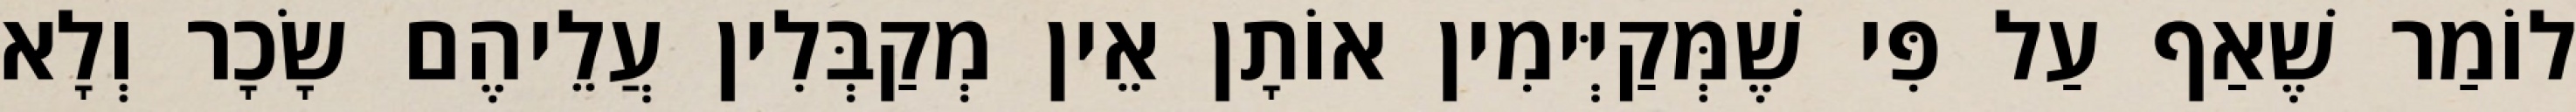
לוֹמַר שֶׁאַף עַל פִּי שֶׁמְּקַיְּימִין אוֹתָן אֵין מְקַבְּלִין עֲלֵיהֶם שָׂכָר וְלָא